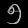
Digit: ၅